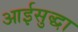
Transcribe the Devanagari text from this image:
आईसुद्धा